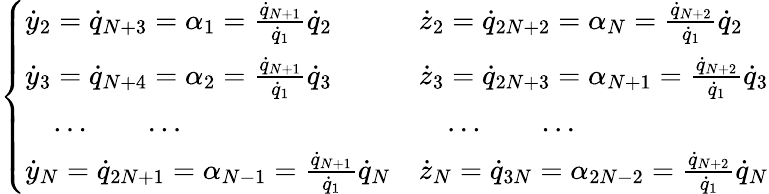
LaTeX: \left\{ \begin{array}{ll}{{\dot{y}}_{2}={\dot{q}}_{N+3}=\alpha_{1}=\frac{{\dot{q}}_{N+1}}{{\dot{q}_{1}}}{\dot{q}}_{2}}&{{\dot{z}}_{2}={\dot{q}}_{2N+2}=\alpha_{N}=\frac{{\dot{q}}_{N+2}}{{\dot{q}_{1}}}{\dot{q}}_{2}}\\ {{\dot{y}}_{3}={\dot{q}}_{N+4}=\alpha_{2}=\frac{{\dot{q}}_{N+1}}{{\dot{q}_{1}}}{\dot{q}}_{3}}&{{\dot{z}}_{3}={\dot{q}}_{2N+3}=\alpha_{N+1}=\frac{{\dot{q}}_{N+2}}{{\dot{q}_{1}}}{\dot{q}}_{3}}\\ {\quad\dots\qquad\dots}&{\quad\dots\qquad\dots}\\ {{\dot{y}}_{N}={\dot{q}}_{2N+1}=\alpha_{N-1}=\frac{{\dot{q}}_{N+1}}{{\dot{q}_{1}}}{\dot{q}}_{N}}&{{\dot{z}}_{N}={\dot{q}}_{3N}=\alpha_{2N-2}=\frac{{\dot{q}}_{N+2}}{{\dot{q}_{1}}}{\dot{q}}_{N}}\end{array}\right.